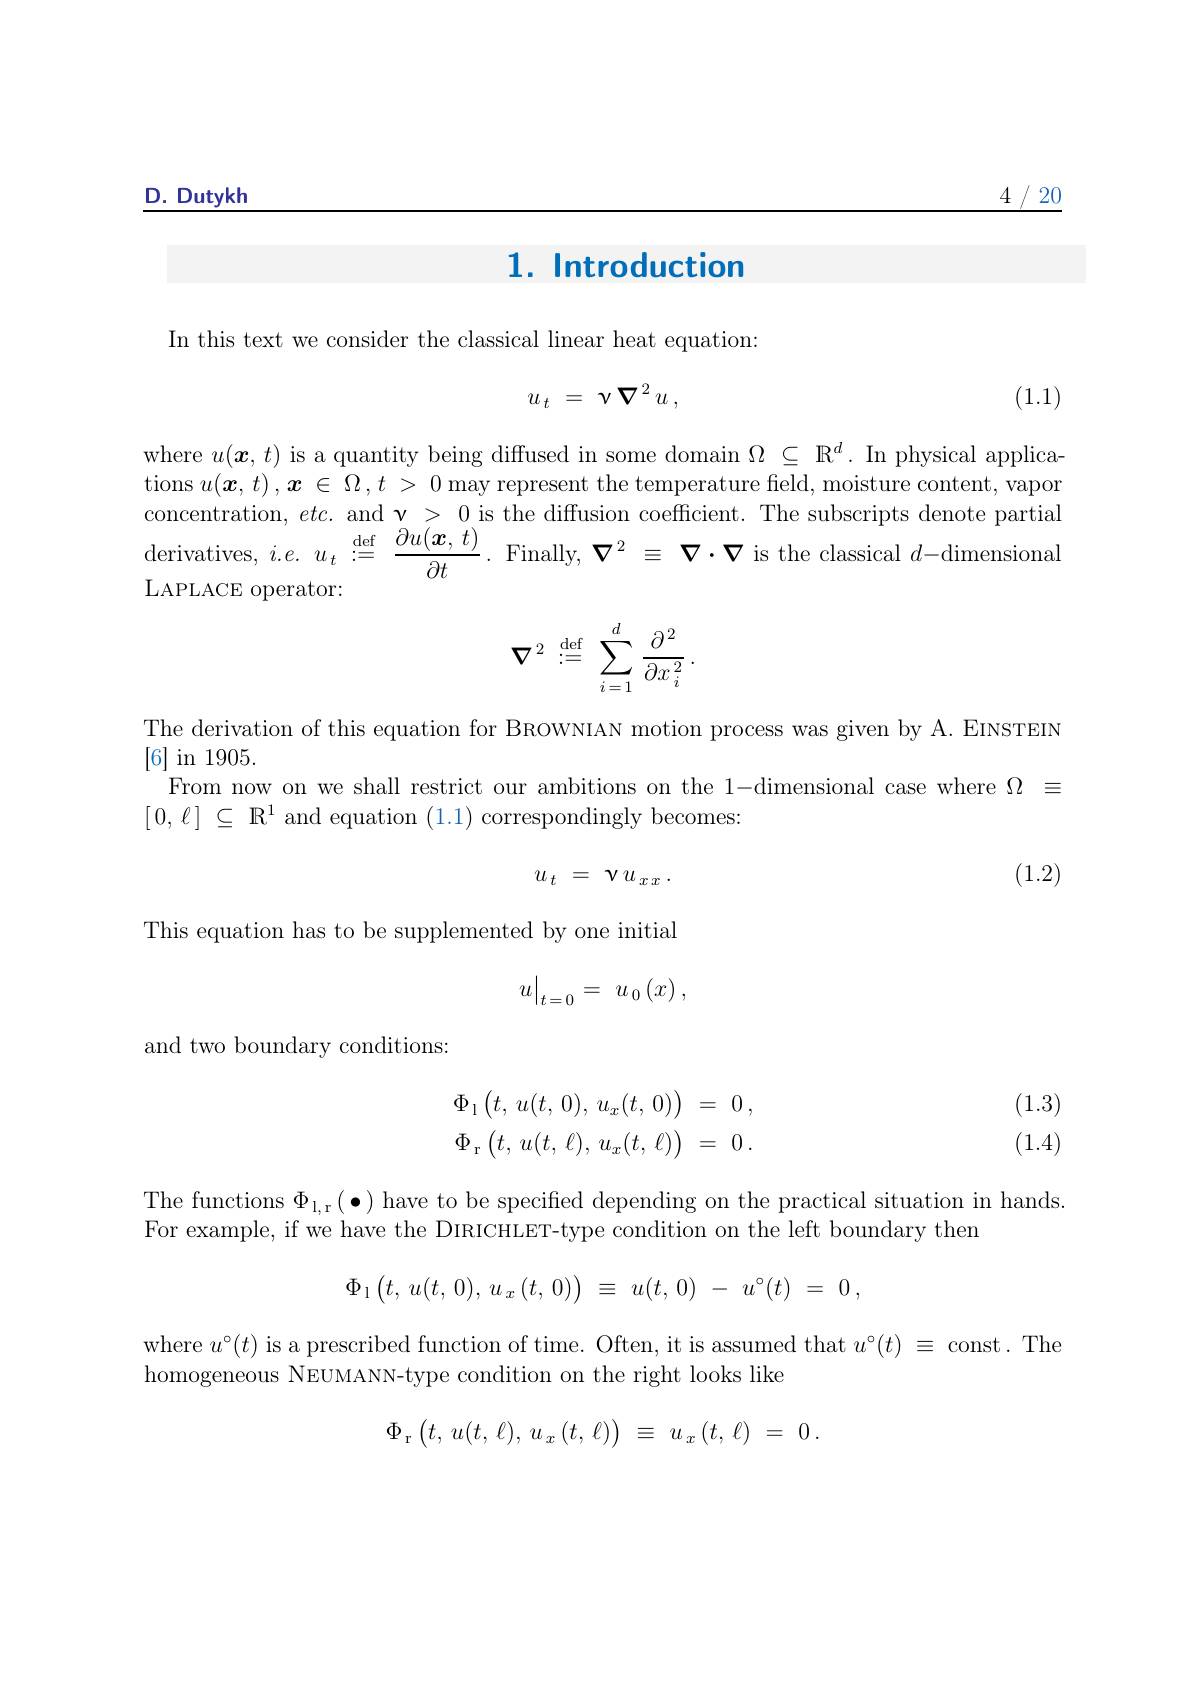
4/20

$\underline{\mathrm{D.~Dutykh}}$

# 1. Introduction

In this text we consider the classical linear heat equation:
$$\begin{matrix}u_t&=&v\:\nabla^2\:u\:,\end{matrix}$$
(1.1)

where $u(\boldsymbol{x},t)$ is a quantity being diffused in some domain $\Omega\subseteq\mathbb{R}^d.$ In physical applications $u(\boldsymbol{x},t),\boldsymbol{x}\in\Omega,t>0$ may represent the temperature field, moisture content, vapor concentration, $etc.$ and $\mathbf{v}>0$ is the diffusion coefficient. The subscripts denote partial derivatives, $i. e.$ $u_{t}: \overset {\mathrm{def}}{\operatorname* { = } }$ $\frac {\partial u( \boldsymbol{x}, t) }{\partial t}.$ Finally, $\boldsymbol{\nabla }^{2}$ $\equiv$ $\boldsymbol{\nabla }\cdot \boldsymbol{\nabla }$ is the classical $d-$dimensiona LAPLACE operator:
$$\nabla^2\stackrel{\mathrm{def}}{:=}\sum_{i=1}^d\frac{\partial^2}{\partial x_i^2}\:.$$
The derivation of this equation for BROWNIAN motion process was given by A. EINSTEIN
[6] in 1905.
From now on we shall restrict our ambitions on the 1-dimensional case where $\Omega\equiv$
$[ 0, \ell ]$ $\subseteq$ $\mathbb{R} ^1$ and equation (1.1) correspondingly becomes:

(1.2)
$$u_{t}\:=\:v\:u_{x\:x}\:.$$
This equation has to be supplemented by one initial
$$\left.u\right|_{t=0}=\:u_{0}\left(x\right),$$
and two boundary conditions:

(1.3) (1.4)
$$\begin{array}{rcl}\Phi_1\left(t,\:u(t,\:0),\:u_x(t,\:0)\right)&=&0\:,\\\Phi_\text{r}\left(t,\:u(t,\:\ell),\:u_x(t,\:\ell)\right)&=&0\:.\end{array}$$
The functions $\Phi_{\mathrm{l,r}}(\bullet)$ have to be specified depending on the practical situation in hands.

For example, if we have the DIRICHLET-type condition on the left boundary then
$$\Phi_1\begin{pmatrix}t,\:u(t,\:0),\:u_x\:(t,\:0)\end{pmatrix}\:\equiv\:u(t,\:0)\:-\:u^\circ(t)\:=\:0\:,$$
where $u^\circ(t)$ is a prescribed function of time. Often, it is assumed that $u^\circ(t)\equiv$ const. The

homogeneous NEUMANN-type condition on the right looks like
$$\Phi_{\mathrm{r}}\left(t,\:u(t,\:\ell),\:u_{x}\left(t,\:\ell\right)\right)\:\equiv\:u_{x}\left(t,\:\ell\right)\:=\:0\:.$$